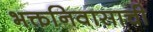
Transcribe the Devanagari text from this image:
भक्तनिवासाची